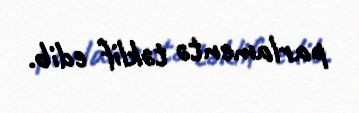
parlamentə təklif edib.